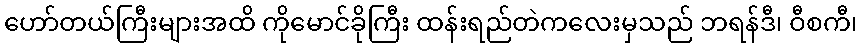
ဟော်တယ်ကြီးများအထိ ကိုမောင်ခိုကြီး ထန်းရည်တဲကလေးမှသည် ဘရန်ဒီ၊ ဝီစကီ၊